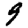
Digit: 9